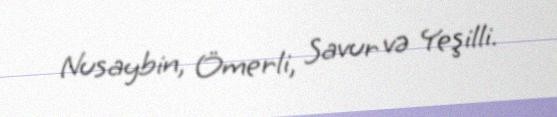
Nusaybin, Ömerli, Savur və Yeşilli.